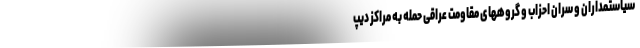
سیاستمداران و سران احزاب و گروههای مقاومت عراقی حمله به مراکز دیپ